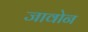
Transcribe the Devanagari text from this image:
जावोन